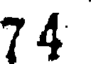
74